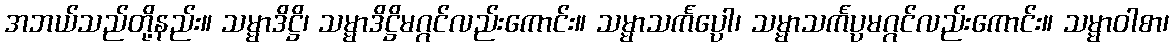
အဘယ်သည်တို့နည်း။ သမ္မာဒိဋ္ဌိ၊ သမ္မာဒိဋ္ဌိမဂ္ဂင်လည်းကောင်း။ သမ္မာသင်္ကပ္ပေါ၊ သမ္မာသင်္ကပ္ပမဂ္ဂင်လည်းကောင်း။ သမ္မာဝါစာ၊